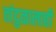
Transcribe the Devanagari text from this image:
तांदुळालाही